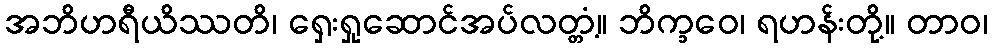
အဘိဟရီယိဿတိ၊ ရှေးရှုဆောင်အပ်လတ္တံ့။ ဘိက္ခဝေ၊ ရဟန်းတို့။ တာဝ၊